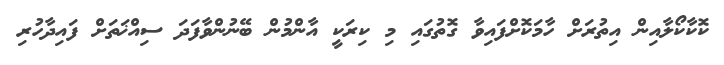
ކޮކާކޯލާއިން އިތުރަށް ހާމަކޮށްފައިވާ ގޮތުގައި މި ކިރަކީ އާންމުން ބޭނުންވާފަދަ ސިއްޚަތަށް ފައިދާހުރި